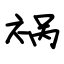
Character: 祸